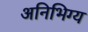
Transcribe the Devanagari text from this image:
अनिभिग्य